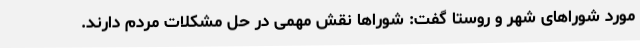
مورد شوراهای شهر و روستا گفت: شوراها نقش مهمی در حل مشکلات مردم دارند.